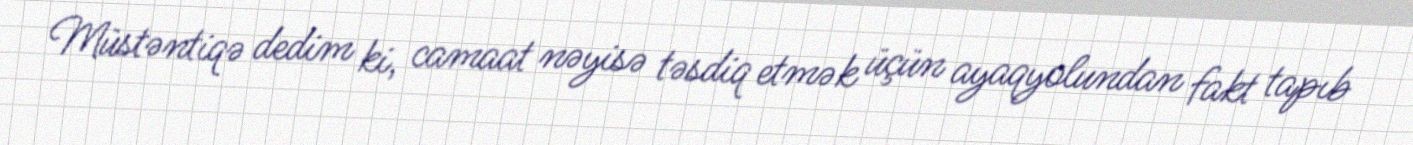
Müstəntiqə dedim ki, camaat nəyisə təsdiq etmək üçün ayaqyolundan fakt tapıb